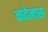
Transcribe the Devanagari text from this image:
कदेनास